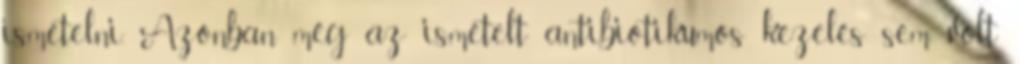
ismételni. Azonban még az ismételt antibiotikumos kezelés sem volt